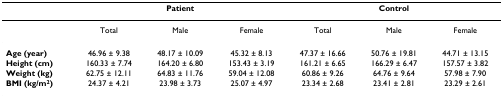
|  | <COLSPAN=3> Patient | <COLSPAN=3> Control |
 | --- | --- | --- | --- | --- | --- | --- |
 |  | Total | Male | Female | Total | Male | Female |
 | Age (year) | 46.96 ± 9.38 | 48.17 ± 10.09 | 45.32 ± 8.13 | 47.37 ± 16.66 | 50.76 ± 19.81 | 44.71 ± 13.15 |
 | Height (cm) | 160.33 ± 7.74 | 164.20 ± 6.80 | 153.43 ± 3.19 | 161.21 ± 6.65 | 166.29 ± 6.47 | 157.57 ± 3.82 |
 | Weight (kg) | 62.75 ± 12.11 | 64.83 ± 11.76 | 59.04 ± 12.08 | 60.86 ± 9.26 | 64.76 ± 9.64 | 57.98 ± 7.90 |
 | BMI (kg/m2) | 24.37 ± 4.21 | 23.98 ± 3.73 | 25.07 ± 4.97 | 23.34 ± 2.68 | 23.41 ± 2.81 | 23.29 ± 2.61 |